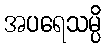
အပရေသမ္ပိ